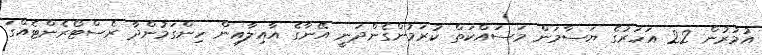
އުމުރުން 22 އަހަރުގެ ޔަސާމަން މަސައްކަތް ކުރަމުންގެންދަނީ އޭނާގެ އާއިލާއިން ހިންގަމުންދާ ރެސްޓޯރެންޓެއްގަ